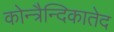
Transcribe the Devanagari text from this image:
कोन्त्रैन्दिकातेद